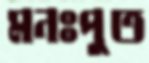
মনঃপুত